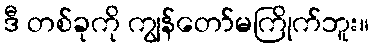
ဒီ တစ်ခုကို ကျွန်တော်မကြိုက်ဘူး။